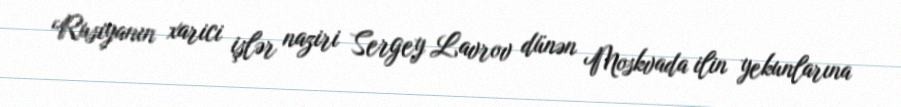
Rusiyanın xarici işlər naziri Sergey Lavrov dünən Moskvada ilin yekunlarına